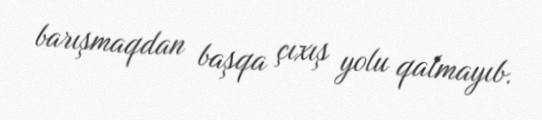
barışmaqdan başqa çıxış yolu qalmayıb.